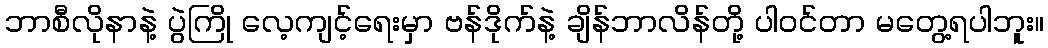
ဘာစီလိုနာနဲ့ ပွဲကြို လေ့ကျင့်ရေးမှာ ဗန်ဒိုက်နဲ့ ချိန်ဘာလိန်တို့ ပါဝင်တာ မတွေ့ရပါဘူး။